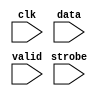
//Legal Notice: (C)2011 Altera Corporation. All rights reserved.  Your
//use of Altera Corporation's design tools, logic functions and other
//software and tools, and its AMPP partner logic functions, and any
//output files any of the foregoing (including device programming or
//simulation files), and any associated documentation or information are
//expressly subject to the terms and conditions of the Altera Program
//License Subscription Agreement or other applicable license agreement,
//including, without limitation, that your use is for the sole purpose
//of programming logic devices manufactured by Altera and sold by Altera
//or its authorized distributors.  Please refer to the applicable
//agreement for further details.

// synthesis translate_off
`timescale 1ns / 1ps
// synthesis translate_on

// turn off superfluous verilog processor warnings 
// altera message_level Level1 
// altera message_off 10034 10035 10036 10037 10230 10240 10030 

module altera_avalon_jtag_uart_2pkhqydp_log_module (
                                                     // inputs:
                                                      clk,
                                                      data,
                                                      strobe,
                                                      valid
                                                   )
;

  input            clk;
  input   [  7: 0] data;
  input            strobe;
  input            valid;


//synthesis translate_off
//////////////// SIMULATION-ONLY CONTENTS
   reg [31:0] text_handle; // for $fopen
   initial text_handle = $fopen ("altera_avalon_jtag_uart_2pkhqydp_output_stream.dat");

   always @(posedge clk) begin
      if (valid && strobe) begin
	 $fwrite (text_handle, "%b\n", data);
          // echo raw binary strings to file as ascii to screen
         $write("%s", ((data == 8'hd) ? 8'ha : data));
                     
	 // non-standard; poorly documented; required to get real data stream.
	 $fflush (text_handle);
      end
   end // clk


//////////////// END SIMULATION-ONLY CONTENTS

//synthesis translate_on

endmodule



// turn off superfluous verilog processor warnings 
// altera message_level Level1 
// altera message_off 10034 10035 10036 10037 10230 10240 10030 

module altera_avalon_jtag_uart_2pkhqydp_sim_scfifo_w (
                                                       // inputs:
                                                        clk,
                                                        fifo_wdata,
                                                        fifo_wr,

                                                       // outputs:
                                                        fifo_FF,
                                                        r_dat,
                                                        wfifo_empty,
                                                        wfifo_used
                                                     )
;

  output           fifo_FF;
  output  [  7: 0] r_dat;
  output           wfifo_empty;
  output  [  5: 0] wfifo_used;
  input            clk;
  input   [  7: 0] fifo_wdata;
  input            fifo_wr;

  wire             fifo_FF;
  wire    [  7: 0] r_dat;
  wire             wfifo_empty;
  wire    [  5: 0] wfifo_used;

//synthesis translate_off
//////////////// SIMULATION-ONLY CONTENTS
  //altera_avalon_jtag_uart_2pkhqydp_log, which is an e_log
  altera_avalon_jtag_uart_2pkhqydp_log_module altera_avalon_jtag_uart_2pkhqydp_log
    (
      .clk    (clk),
      .data   (fifo_wdata),
      .strobe (fifo_wr),
      .valid  (fifo_wr)
    );

  assign wfifo_used = {6{1'b0}};
  assign r_dat = {8{1'b0}};
  assign fifo_FF = 1'b0;
  assign wfifo_empty = 1'b1;

//////////////// END SIMULATION-ONLY CONTENTS

//synthesis translate_on

endmodule



// turn off superfluous verilog processor warnings 
// altera message_level Level1 
// altera message_off 10034 10035 10036 10037 10230 10240 10030 

module altera_avalon_jtag_uart_2pkhqydp_scfifo_w (
                                                   // inputs:
                                                    clk,
                                                    fifo_clear,
                                                    fifo_wdata,
                                                    fifo_wr,
                                                    rd_wfifo,

                                                   // outputs:
                                                    fifo_FF,
                                                    r_dat,
                                                    wfifo_empty,
                                                    wfifo_used
                                                 )
;

  output           fifo_FF;
  output  [  7: 0] r_dat;
  output           wfifo_empty;
  output  [  5: 0] wfifo_used;
  input            clk;
  input            fifo_clear;
  input   [  7: 0] fifo_wdata;
  input            fifo_wr;
  input            rd_wfifo;

  wire             fifo_FF;
  wire    [  7: 0] r_dat;
  wire             wfifo_empty;
  wire    [  5: 0] wfifo_used;

//synthesis translate_off
//////////////// SIMULATION-ONLY CONTENTS
  altera_avalon_jtag_uart_2pkhqydp_sim_scfifo_w the_altera_avalon_jtag_uart_2pkhqydp_sim_scfifo_w
    (
      .clk         (clk),
      .fifo_FF     (fifo_FF),
      .fifo_wdata  (fifo_wdata),
      .fifo_wr     (fifo_wr),
      .r_dat       (r_dat),
      .wfifo_empty (wfifo_empty),
      .wfifo_used  (wfifo_used)
    );


//////////////// END SIMULATION-ONLY CONTENTS

//synthesis translate_on
//synthesis read_comments_as_HDL on
//  scfifo wfifo
//    (
//      .aclr (fifo_clear),
//      .clock (clk),
//      .data (fifo_wdata),
//      .empty (wfifo_empty),
//      .full (fifo_FF),
//      .q (r_dat),
//      .rdreq (rd_wfifo),
//      .usedw (wfifo_used),
//      .wrreq (fifo_wr)
//    );
//
//  defparam wfifo.lpm_hint = "RAM_BLOCK_TYPE=AUTO",
//           wfifo.lpm_numwords = 64,
//           wfifo.lpm_showahead = "OFF",
//           wfifo.lpm_type = "scfifo",
//           wfifo.lpm_width = 8,
//           wfifo.lpm_widthu = 6,
//           wfifo.overflow_checking = "OFF",
//           wfifo.underflow_checking = "OFF",
//           wfifo.use_eab = "ON";
//
//synthesis read_comments_as_HDL off

endmodule



// turn off superfluous verilog processor warnings 
// altera message_level Level1 
// altera message_off 10034 10035 10036 10037 10230 10240 10030 

module altera_avalon_jtag_uart_2pkhqydp_drom_module (
                                                      // inputs:
                                                       clk,
                                                       incr_addr,
                                                       reset_n,

                                                      // outputs:
                                                       new_rom,
                                                       num_bytes,
                                                       q,
                                                       safe
                                                    )
;

  parameter POLL_RATE = 100;


  output           new_rom;
  output  [ 31: 0] num_bytes;
  output  [  7: 0] q;
  output           safe;
  input            clk;
  input            incr_addr;
  input            reset_n;

  reg     [ 11: 0] address;
  reg              d1_pre;
  reg              d2_pre;
  reg              d3_pre;
  reg              d4_pre;
  reg              d5_pre;
  reg              d6_pre;
  reg              d7_pre;
  reg              d8_pre;
  reg              d9_pre;
  reg     [  7: 0] mem_array [2047: 0];
  reg     [ 31: 0] mutex [  1: 0];
  reg              new_rom;
  wire    [ 31: 0] num_bytes;
  reg              pre;
  wire    [  7: 0] q;
  wire             safe;

//synthesis translate_off
//////////////// SIMULATION-ONLY CONTENTS
  assign q = mem_array[address];
  always @(posedge clk or negedge reset_n)
    begin
      if (reset_n == 0)
        begin
          d1_pre <= 0;
          d2_pre <= 0;
          d3_pre <= 0;
          d4_pre <= 0;
          d5_pre <= 0;
          d6_pre <= 0;
          d7_pre <= 0;
          d8_pre <= 0;
          d9_pre <= 0;
          new_rom <= 0;
        end
      else 
        begin
          d1_pre <= pre;
          d2_pre <= d1_pre;
          d3_pre <= d2_pre;
          d4_pre <= d3_pre;
          d5_pre <= d4_pre;
          d6_pre <= d5_pre;
          d7_pre <= d6_pre;
          d8_pre <= d7_pre;
          d9_pre <= d8_pre;
          new_rom <= d9_pre;
        end
    end



   assign     num_bytes = mutex[1];
                   reg        safe_delay;
   reg [31:0] poll_count;
   reg [31:0] mutex_handle;
   wire       interactive = 1'b0 ; // '
   assign     safe = (address < mutex[1]);

   initial poll_count = POLL_RATE;

   always @(posedge clk or negedge reset_n) begin
      if (reset_n !== 1) begin
         safe_delay <= 0;
      end else begin
         safe_delay <= safe;
      end
   end // safe_delay

   always @(posedge clk or negedge reset_n) begin
      if (reset_n !== 1) begin  // dont worry about null _stream.dat file
         address <= 0;
         mem_array[0] <= 0;
         mutex[0] <= 0;
         mutex[1] <= 0;
         pre <= 0;
      end else begin            // deal with the non-reset case
         pre <= 0;
         if (incr_addr && safe) address <= address + 1;
         if (mutex[0] && !safe && safe_delay) begin
            // and blast the mutex after falling edge of safe if interactive
            if (interactive) begin
               mutex_handle = $fopen ("altera_avalon_jtag_uart_2pkhqydp_input_mutex.dat");
               $fdisplay (mutex_handle, "0");
               $fclose (mutex_handle);
               // $display ($stime, "\t%m:\n\t\tMutex cleared!");
            end else begin
               // sleep until next reset, do not bash mutex.
               wait (!reset_n);
            end
         end // OK to bash mutex.
         if (poll_count < POLL_RATE) begin // wait
            poll_count = poll_count + 1;
         end else begin         // do the interesting stuff.
            poll_count = 0;
            $readmemh ("altera_avalon_jtag_uart_2pkhqydp_input_mutex.dat", mutex);
            if (mutex[0] && !safe) begin
            // read stream into mem_array after current characters are gone!
               // save mutex[0] value to compare to address (generates 'safe')
               mutex[1] <= mutex[0];
               // $display ($stime, "\t%m:\n\t\tMutex hit: Trying to read %d bytes...", mutex[0]);
               $readmemb("altera_avalon_jtag_uart_2pkhqydp_input_stream.dat", mem_array);
               // bash address and send pulse outside to send the char:
               address <= 0;
               pre <= -1;
            end // else mutex miss...
         end // poll_count
      end // reset
   end // posedge clk


//////////////// END SIMULATION-ONLY CONTENTS

//synthesis translate_on

endmodule



// turn off superfluous verilog processor warnings 
// altera message_level Level1 
// altera message_off 10034 10035 10036 10037 10230 10240 10030 

module altera_avalon_jtag_uart_2pkhqydp_sim_scfifo_r (
                                                       // inputs:
                                                        clk,
                                                        fifo_rd,
                                                        rst_n,

                                                       // outputs:
                                                        fifo_EF,
                                                        fifo_rdata,
                                                        rfifo_full,
                                                        rfifo_used
                                                     )
;

  output           fifo_EF;
  output  [  7: 0] fifo_rdata;
  output           rfifo_full;
  output  [  5: 0] rfifo_used;
  input            clk;
  input            fifo_rd;
  input            rst_n;

  reg     [ 31: 0] bytes_left;
  wire             fifo_EF;
  reg              fifo_rd_d;
  wire    [  7: 0] fifo_rdata;
  wire             new_rom;
  wire    [ 31: 0] num_bytes;
  wire    [  6: 0] rfifo_entries;
  wire             rfifo_full;
  wire    [  5: 0] rfifo_used;
  wire             safe;

//synthesis translate_off
//////////////// SIMULATION-ONLY CONTENTS
  //altera_avalon_jtag_uart_2pkhqydp_drom, which is an e_drom
  altera_avalon_jtag_uart_2pkhqydp_drom_module altera_avalon_jtag_uart_2pkhqydp_drom
    (
      .clk       (clk),
      .incr_addr (fifo_rd_d),
      .new_rom   (new_rom),
      .num_bytes (num_bytes),
      .q         (fifo_rdata),
      .reset_n   (rst_n),
      .safe      (safe)
    );

  // Generate rfifo_entries for simulation
  always @(posedge clk or negedge rst_n)
    begin
      if (rst_n == 0)
        begin
          bytes_left <= 32'h0;
          fifo_rd_d <= 1'b0;
        end
      else 
        begin
          fifo_rd_d <= fifo_rd;
          // decrement on read
          if (fifo_rd_d)
              bytes_left <= bytes_left - 1'b1;
          // catch new contents
          if (new_rom)
              bytes_left <= num_bytes;
        end
    end


  assign fifo_EF = bytes_left == 32'b0;
  assign rfifo_full = bytes_left > 7'h40;
  assign rfifo_entries = (rfifo_full) ? 7'h40 : bytes_left;
  assign rfifo_used = rfifo_entries[5 : 0];

//////////////// END SIMULATION-ONLY CONTENTS

//synthesis translate_on

endmodule



// turn off superfluous verilog processor warnings 
// altera message_level Level1 
// altera message_off 10034 10035 10036 10037 10230 10240 10030 

module altera_avalon_jtag_uart_2pkhqydp_scfifo_r (
                                                   // inputs:
                                                    clk,
                                                    fifo_clear,
                                                    fifo_rd,
                                                    rst_n,
                                                    t_dat,
                                                    wr_rfifo,

                                                   // outputs:
                                                    fifo_EF,
                                                    fifo_rdata,
                                                    rfifo_full,
                                                    rfifo_used
                                                 )
;

  output           fifo_EF;
  output  [  7: 0] fifo_rdata;
  output           rfifo_full;
  output  [  5: 0] rfifo_used;
  input            clk;
  input            fifo_clear;
  input            fifo_rd;
  input            rst_n;
  input   [  7: 0] t_dat;
  input            wr_rfifo;

  wire             fifo_EF;
  wire    [  7: 0] fifo_rdata;
  wire             rfifo_full;
  wire    [  5: 0] rfifo_used;

//synthesis translate_off
//////////////// SIMULATION-ONLY CONTENTS
  altera_avalon_jtag_uart_2pkhqydp_sim_scfifo_r the_altera_avalon_jtag_uart_2pkhqydp_sim_scfifo_r
    (
      .clk        (clk),
      .fifo_EF    (fifo_EF),
      .fifo_rd    (fifo_rd),
      .fifo_rdata (fifo_rdata),
      .rfifo_full (rfifo_full),
      .rfifo_used (rfifo_used),
      .rst_n      (rst_n)
    );


//////////////// END SIMULATION-ONLY CONTENTS

//synthesis translate_on
//synthesis read_comments_as_HDL on
//  scfifo rfifo
//    (
//      .aclr (fifo_clear),
//      .clock (clk),
//      .data (t_dat),
//      .empty (fifo_EF),
//      .full (rfifo_full),
//      .q (fifo_rdata),
//      .rdreq (fifo_rd),
//      .usedw (rfifo_used),
//      .wrreq (wr_rfifo)
//    );
//
//  defparam rfifo.lpm_hint = "RAM_BLOCK_TYPE=AUTO",
//           rfifo.lpm_numwords = 64,
//           rfifo.lpm_showahead = "OFF",
//           rfifo.lpm_type = "scfifo",
//           rfifo.lpm_width = 8,
//           rfifo.lpm_widthu = 6,
//           rfifo.overflow_checking = "OFF",
//           rfifo.underflow_checking = "OFF",
//           rfifo.use_eab = "ON";
//
//synthesis read_comments_as_HDL off

endmodule



// turn off superfluous verilog processor warnings 
// altera message_level Level1 
// altera message_off 10034 10035 10036 10037 10230 10240 10030 

module altera_avalon_jtag_uart_2pkhqydp (
                                          // inputs:
                                           av_address,
                                           av_chipselect,
                                           av_read_n,
                                           av_write_n,
                                           av_writedata,
                                           clk,
                                           rst_n,

                                          // outputs:
                                           av_irq,
                                           av_readdata,
                                           av_waitrequest,
                                           dataavailable,
                                           readyfordata
                                        )
  /* synthesis ALTERA_ATTRIBUTE = "SUPPRESS_DA_RULE_INTERNAL=\"R101,C106,D101,D103\"" */ ;

  output           av_irq;
  output  [ 31: 0] av_readdata;
  output           av_waitrequest;
  output           dataavailable;
  output           readyfordata;
  input            av_address;
  input            av_chipselect;
  input            av_read_n;
  input            av_write_n;
  input   [ 31: 0] av_writedata;
  input            clk;
  input            rst_n;

  reg              ac;
  wire             activity;
  wire             av_irq;
  wire    [ 31: 0] av_readdata;
  reg              av_waitrequest;
  reg              dataavailable;
  reg              fifo_AE;
  reg              fifo_AF;
  wire             fifo_EF;
  wire             fifo_FF;
  wire             fifo_clear;
  wire             fifo_rd;
  wire    [  7: 0] fifo_rdata;
  wire    [  7: 0] fifo_wdata;
  reg              fifo_wr;
  reg              ien_AE;
  reg              ien_AF;
  wire             ipen_AE;
  wire             ipen_AF;
  reg              pause_irq;
  wire    [  7: 0] r_dat;
  wire             r_ena;
  reg              r_val;
  wire             rd_wfifo;
  reg              read_0;
  reg              readyfordata;
  wire             rfifo_full;
  wire    [  5: 0] rfifo_used;
  reg              rvalid;
  reg              sim_r_ena;
  reg              sim_t_dat;
  reg              sim_t_ena;
  reg              sim_t_pause;
  wire    [  7: 0] t_dat;
  reg              t_dav;
  wire             t_ena;
  wire             t_pause;
  wire             wfifo_empty;
  wire    [  5: 0] wfifo_used;
  reg              woverflow;
  wire             wr_rfifo;
  //avalon_jtag_slave, which is an e_avalon_slave
  assign rd_wfifo = r_ena & ~wfifo_empty;
  assign wr_rfifo = t_ena & ~rfifo_full;
  assign fifo_clear = ~rst_n;
  altera_avalon_jtag_uart_2pkhqydp_scfifo_w the_altera_avalon_jtag_uart_2pkhqydp_scfifo_w
    (
      .clk         (clk),
      .fifo_FF     (fifo_FF),
      .fifo_clear  (fifo_clear),
      .fifo_wdata  (fifo_wdata),
      .fifo_wr     (fifo_wr),
      .r_dat       (r_dat),
      .rd_wfifo    (rd_wfifo),
      .wfifo_empty (wfifo_empty),
      .wfifo_used  (wfifo_used)
    );

  altera_avalon_jtag_uart_2pkhqydp_scfifo_r the_altera_avalon_jtag_uart_2pkhqydp_scfifo_r
    (
      .clk        (clk),
      .fifo_EF    (fifo_EF),
      .fifo_clear (fifo_clear),
      .fifo_rd    (fifo_rd),
      .fifo_rdata (fifo_rdata),
      .rfifo_full (rfifo_full),
      .rfifo_used (rfifo_used),
      .rst_n      (rst_n),
      .t_dat      (t_dat),
      .wr_rfifo   (wr_rfifo)
    );

  assign ipen_AE = ien_AE & fifo_AE;
  assign ipen_AF = ien_AF & (pause_irq | fifo_AF);
  assign av_irq = ipen_AE | ipen_AF;
  assign activity = t_pause | t_ena;
  always @(posedge clk or negedge rst_n)
    begin
      if (rst_n == 0)
          pause_irq <= 1'b0;
      else // only if fifo is not empty...
      if (t_pause & ~fifo_EF)
          pause_irq <= 1'b1;
      else if (read_0)
          pause_irq <= 1'b0;
    end


  always @(posedge clk or negedge rst_n)
    begin
      if (rst_n == 0)
        begin
          r_val <= 1'b0;
          t_dav <= 1'b1;
        end
      else 
        begin
          r_val <= r_ena & ~wfifo_empty;
          t_dav <= ~rfifo_full;
        end
    end


  always @(posedge clk or negedge rst_n)
    begin
      if (rst_n == 0)
        begin
          fifo_AE <= 1'b0;
          fifo_AF <= 1'b0;
          fifo_wr <= 1'b0;
          rvalid <= 1'b0;
          read_0 <= 1'b0;
          ien_AE <= 1'b0;
          ien_AF <= 1'b0;
          ac <= 1'b0;
          woverflow <= 1'b0;
          av_waitrequest <= 1'b1;
        end
      else 
        begin
          fifo_AE <= {fifo_FF,wfifo_used} <= 8;
          fifo_AF <= (7'h40 - {rfifo_full,rfifo_used}) <= 8;
          fifo_wr <= 1'b0;
          read_0 <= 1'b0;
          av_waitrequest <= ~(av_chipselect & (~av_write_n | ~av_read_n) & av_waitrequest);
          if (activity)
              ac <= 1'b1;
          // write
          if (av_chipselect & ~av_write_n & av_waitrequest)
              // addr 1 is control; addr 0 is data
              if (av_address)
                begin
                  ien_AF <= av_writedata[0];
                  ien_AE <= av_writedata[1];
                  if (av_writedata[10] & ~activity)
                      ac <= 1'b0;
                end
              else 
                begin
                  fifo_wr <= ~fifo_FF;
                  woverflow <= fifo_FF;
                end
          // read
          if (av_chipselect & ~av_read_n & av_waitrequest)
            begin
              // addr 1 is interrupt; addr 0 is data
              if (~av_address)
                  rvalid <= ~fifo_EF;
              read_0 <= ~av_address;
            end
        end
    end


  assign fifo_wdata = av_writedata[7 : 0];
  assign fifo_rd = (av_chipselect & ~av_read_n & av_waitrequest & ~av_address) ? ~fifo_EF : 1'b0;
  assign av_readdata = read_0 ? { {9{1'b0}},rfifo_full,rfifo_used,rvalid,woverflow,~fifo_FF,~fifo_EF,1'b0,ac,ipen_AE,ipen_AF,fifo_rdata } : { {9{1'b0}},(7'h40 - {fifo_FF,wfifo_used}),rvalid,woverflow,~fifo_FF,~fifo_EF,1'b0,ac,ipen_AE,ipen_AF,{6{1'b0}},ien_AE,ien_AF };
  always @(posedge clk or negedge rst_n)
    begin
      if (rst_n == 0)
          readyfordata <= 0;
      else 
        readyfordata <= ~fifo_FF;
    end



//synthesis translate_off
//////////////// SIMULATION-ONLY CONTENTS
  // Tie off Atlantic Interface signals not used for simulation
  always @(posedge clk)
    begin
      sim_t_pause <= 1'b0;
      sim_t_ena <= 1'b0;
      sim_t_dat <= t_dav ? r_dat : {8{r_val}};
      sim_r_ena <= 1'b0;
    end


  assign r_ena = sim_r_ena;
  assign t_ena = sim_t_ena;
  assign t_dat = sim_t_dat;
  assign t_pause = sim_t_pause;
  always @(fifo_EF)
    begin
      dataavailable = ~fifo_EF;
    end



//////////////// END SIMULATION-ONLY CONTENTS

//synthesis translate_on
//synthesis read_comments_as_HDL on
//  alt_jtag_atlantic altera_avalon_jtag_uart_2pkhqydp_alt_jtag_atlantic
//    (
//      .clk (clk),
//      .r_dat (r_dat),
//      .r_ena (r_ena),
//      .r_val (r_val),
//      .rst_n (rst_n),
//      .t_dat (t_dat),
//      .t_dav (t_dav),
//      .t_ena (t_ena),
//      .t_pause (t_pause)
//    );
//
//  defparam altera_avalon_jtag_uart_2pkhqydp_alt_jtag_atlantic.INSTANCE_ID = 0,
//           altera_avalon_jtag_uart_2pkhqydp_alt_jtag_atlantic.LOG2_RXFIFO_DEPTH = 6,
//           altera_avalon_jtag_uart_2pkhqydp_alt_jtag_atlantic.LOG2_TXFIFO_DEPTH = 6,
//           altera_avalon_jtag_uart_2pkhqydp_alt_jtag_atlantic.SLD_AUTO_INSTANCE_INDEX = "YES";
//
//  always @(posedge clk or negedge rst_n)
//    begin
//      if (rst_n == 0)
//          dataavailable <= 0;
//      else 
//        dataavailable <= ~fifo_EF;
//    end
//
//
//synthesis read_comments_as_HDL off

endmodule